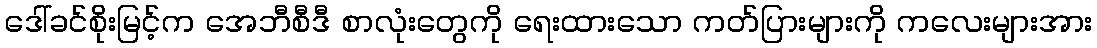
ဒေါ်ခင်စိုးမြင့်က အေဘီစီဒီ စာလုံးတွေကို ရေးထားသော ကတ်ပြားများကို ကလေးများအား